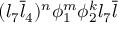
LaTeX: ( l _ { 7 } { \overline { { { l } } } } _ { 4 } ) ^ { n } \phi _ { 1 } ^ { m } \phi _ { 2 } ^ { k } l _ { 7 } { \overline { { { l } } } }